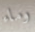
وماء